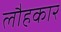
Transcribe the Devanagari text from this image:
लौहकार